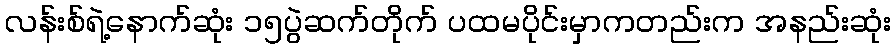
လန်းစ်ရဲ့နောက်ဆုံး ၁၅ပွဲဆက်တိုက် ပထမပိုင်းမှာကတည်းက အနည်းဆုံး